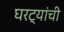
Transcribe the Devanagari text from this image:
घरट्यांची